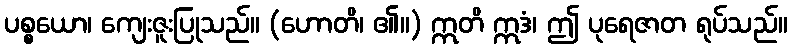
ပစ္စယော၊ ကျေးဇူးပြုသည်။ (ဟောတိ၊ ၏။) ဣတိ ဣဒံ၊ ဤ ပုရေဇာတ ရုပ်သည်။